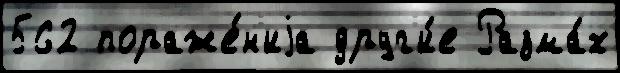
562 пораже́н'иjа друг'и́е Разма́х